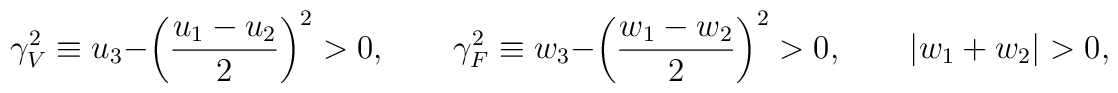
\gamma_V^2\equiv u_3-\left(\frac{u_1-u_2}{2}\right)^2>0,\qquad\gamma_F^2\equiv w_3-\left(\frac{w_1-w_2}{2}\right)^2>0,\qquad\left|w_1+w_2\right| > 0,